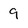
Character: 9